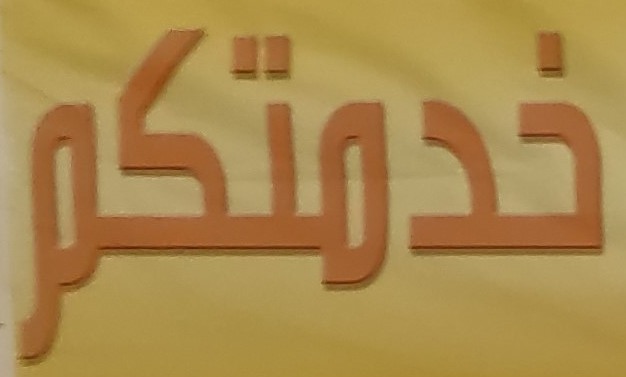
خدمتكم